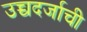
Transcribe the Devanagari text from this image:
उच्चदर्जाची